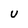
Character: U